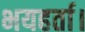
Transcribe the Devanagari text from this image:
भयहर्ता।